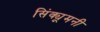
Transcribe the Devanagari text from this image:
सिंक्यूमनी